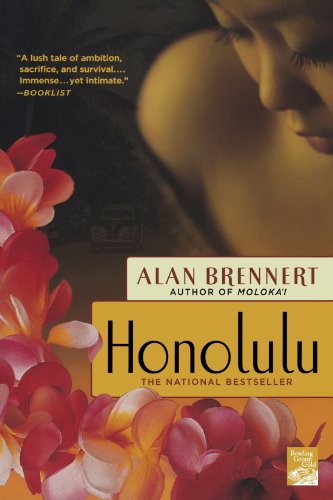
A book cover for Honolulu; Alan Brennert; Literature & Fiction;